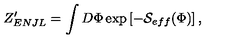
Z _ { E N J L } ^ { \prime } = \int D \Phi \exp \left[ - { \cal S } _ { e f f } ( \Phi ) \right] ,